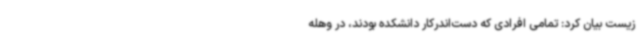
زیست بیان کرد: تمامی افرادی که دست‌اندرکار دانشکده بودند، در وهله